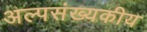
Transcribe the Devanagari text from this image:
अल्पसंख्यकीय